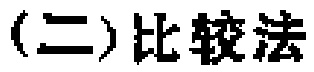
(二)比较法